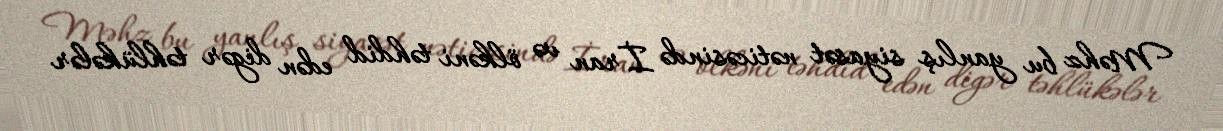
Məhz bu yanlış siyasət nəticəsində İran və ölkəni təhdid edən digər təhlükələr